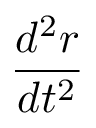
\frac { d ^ { 2 } { \boldsymbol { r } } } { d t ^ { 2 } }